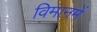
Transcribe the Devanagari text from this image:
विमानमें